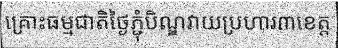
គ្រោះធម្មជាតិថ្ងៃភ្ជុំបិណ្ឌវាយប្រហារ៣ខេត្ត